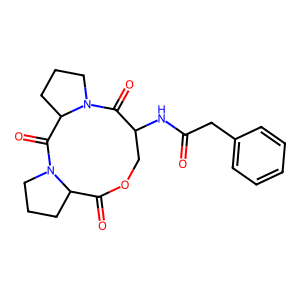
SMILES: O=C(Cc1ccccc1)NC1COC(=O)C2CCCN2C(=O)C2CCCN2C1=O
Inhibits HIV replication: No